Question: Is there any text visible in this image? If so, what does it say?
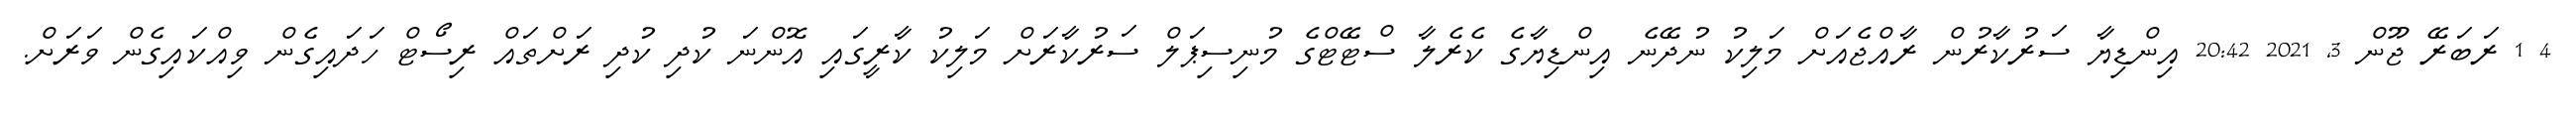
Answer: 4 1 ރަބަރޭ ޖޫން 3, 2021 20:42 އިންޑިޔާ ސަރުކާރުން ރާއްޖެއަށް މަލިކު ނުދޭނެ އިންޑިޔާގެ ކެރެލާ ސްޓޭޓްގެ މުނިސިޕަލް ސަރުކާރަށް މަލިކު ކާރީގައި އޮންނަ ކުދި ކުދި ރަށްތައް ރިސޯޓް ހަދައިގެން ވިއްކައިގެން ވަރަށް.